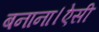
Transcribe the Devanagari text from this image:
बनाना।ऐसी